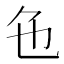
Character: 𬼜